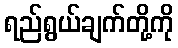
ရည်ရွယ်ချက်တို့ကို